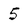
Character: 5